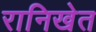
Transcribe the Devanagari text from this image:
रानिखेत